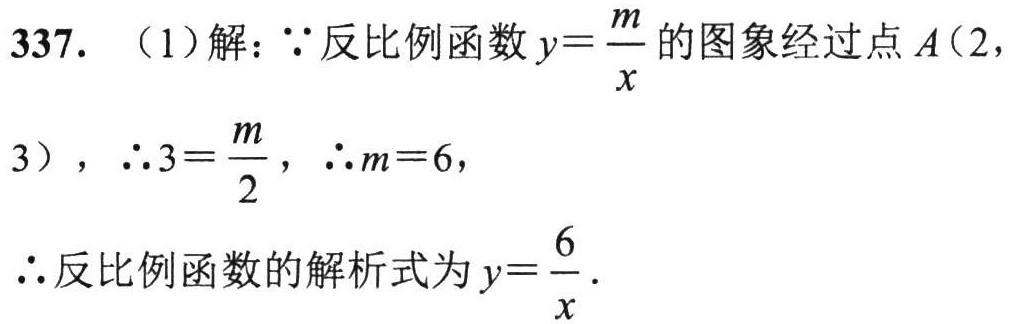
337. （1）解：\(\because\)反比例函数\(y = \frac{m}{x}\)的图象经过点\(A(2,
3)\)，\(\therefore 3=\frac{m}{2}\)，\(\therefore m = 6\)，
\(\therefore\)反比例函数的解析式为\(y=\frac{6}{x}\).